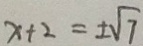
x + 2 = \pm \sqrt { 7 }